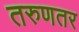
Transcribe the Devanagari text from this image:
तरुणतर